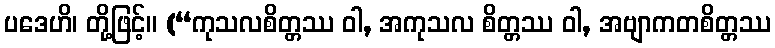
ပဒေဟိ၊ တို့ဖြင့်။ (“ကုသလစိတ္တဿ ဝါ, အကုသလ စိတ္တဿ ဝါ, အဗျာကတစိတ္တဿ